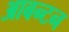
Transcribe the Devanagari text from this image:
आबन्टन